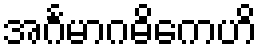
အင်္ဂမာဂဓိကေဟိ